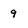
Character: 9